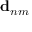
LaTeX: \mathbf { d } _ { n m }